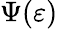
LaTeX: \Psi(\varepsilon)